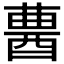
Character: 𨠷